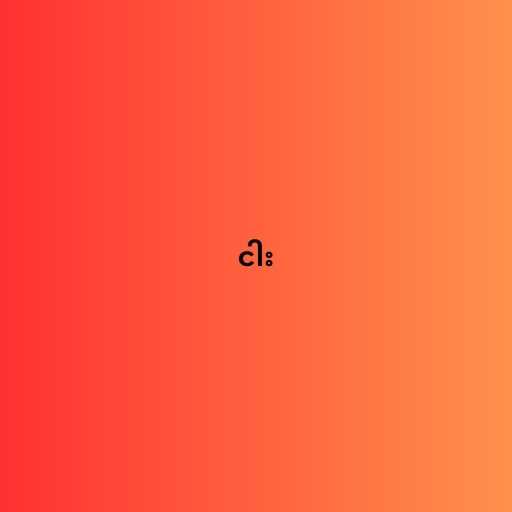
ငါး